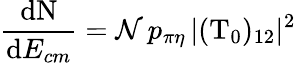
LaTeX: \frac{\mathrm{d}\mathrm{N}}{\mathrm{d}E_{cm}}={\mathcal{N}}\, p_{\pi\eta}\, |(\mathrm{T}_{0})_{12}|^{2}